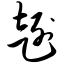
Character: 趔